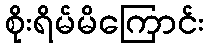
စိုးရိမ်မိကြောင်း